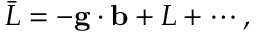
\bar { \cal L } = - { \bf g } \cdot { \bf b } + { \cal L } + \cdots ,